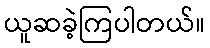
ယူဆခဲ့ကြပါတယ်။